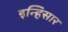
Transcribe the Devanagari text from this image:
इन्हिसार